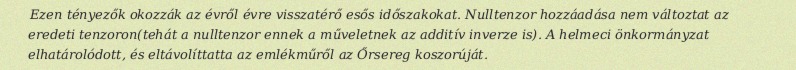
Ezen tényezők okozzák az évről évre visszatérő esős időszakokat. Nulltenzor hozzáadása nem változtat az eredeti tenzoron(tehát a nulltenzor ennek a műveletnek az additív inverze is). A helmeci önkormányzat elhatárolódott, és eltávolíttatta az emlékműről az Őrsereg koszorúját.